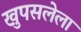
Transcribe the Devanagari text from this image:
खुपसलेला